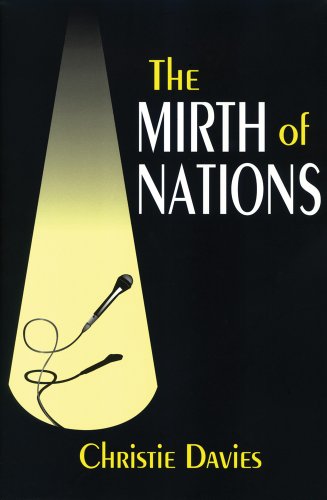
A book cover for The Mirth of Nations; Christie Davies; Humor & Entertainment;